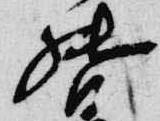
督